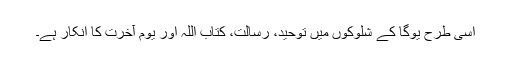
اسی طرح یوگا کے شلوکوں میں توحید، رسالت، کتاب اللہ اور یوم آخرت کا انکار ہے۔